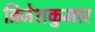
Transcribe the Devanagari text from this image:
ब्रिजेशकुमार